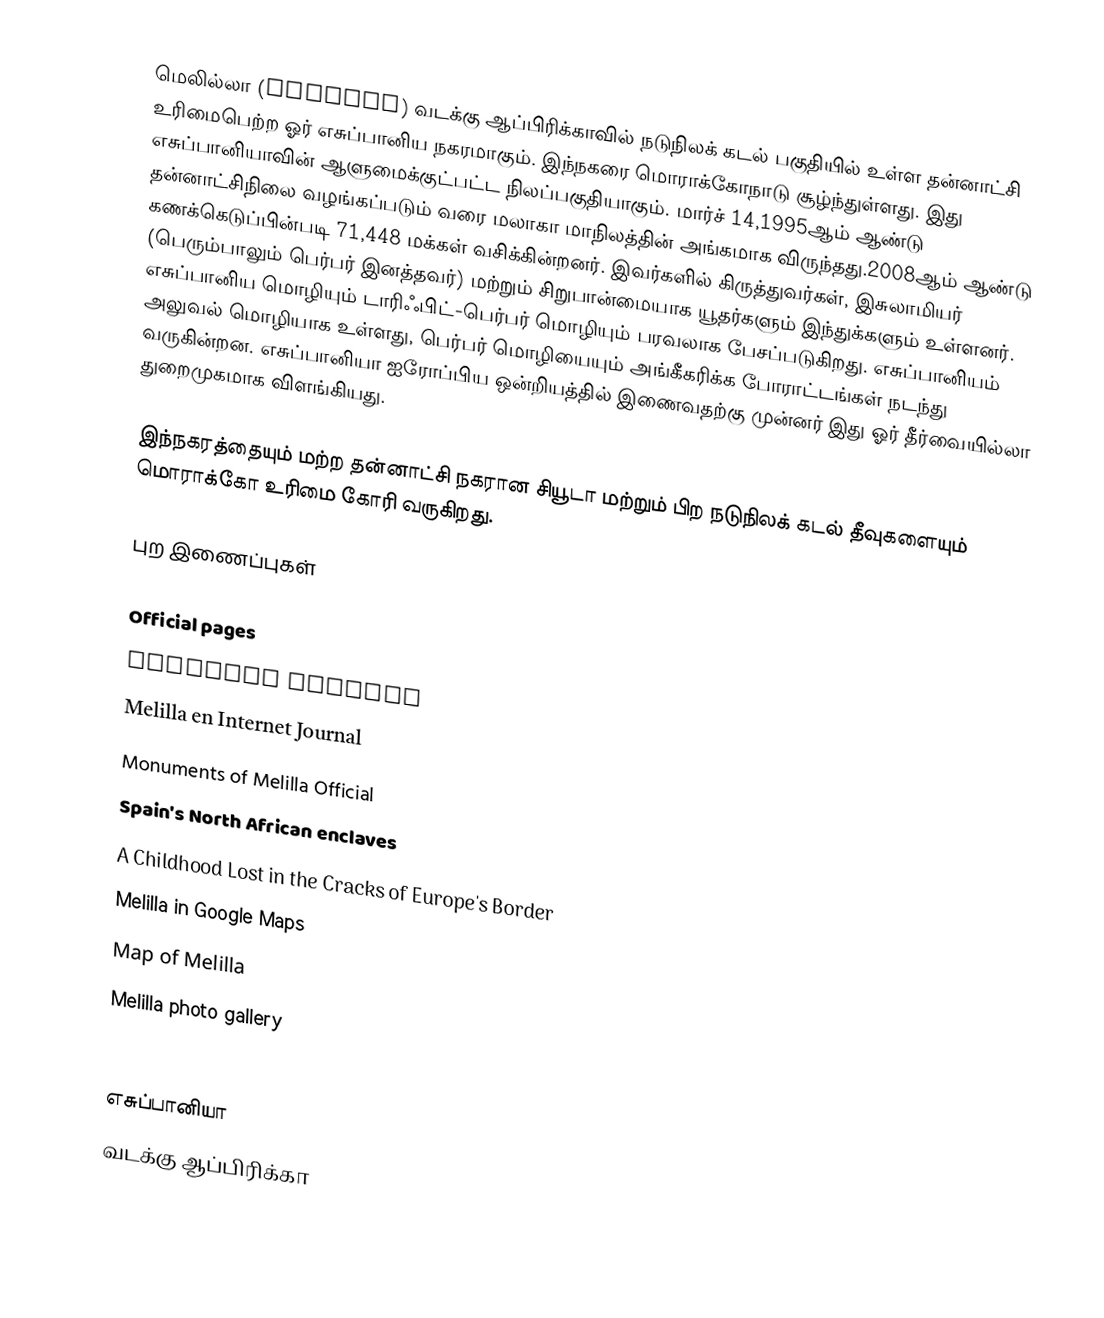
மெலில்லா (Melilla) வடக்கு ஆப்பிரிக்காவில் நடுநிலக் கடல் பகுதியில் உள்ள தன்னாட்சி உரிமைபெற்ற ஓர் எசுப்பானிய  நகரமாகும்.  இந்நகரை மொராக்கோநாடு சூழ்ந்துள்ளது. இது எசுப்பானியாவின் ஆளுமைக்குட்பட்ட நிலப்பகுதியாகும். மார்ச் 14,1995ஆம் ஆண்டு தன்னாட்சிநிலை வழங்கப்படும் வரை மலாகா மாநிலத்தின் அங்கமாக விருந்தது.2008ஆம் ஆண்டு கணக்கெடுப்பின்படி 71,448 மக்கள் வசிக்கின்றனர். இவர்களில் கிருத்துவர்கள், இசுலாமியர் (பெரும்பாலும் பெர்பர் இனத்தவர்) மற்றும் சிறுபான்மையாக யூதர்களும் இந்துக்களும் உள்ளனர். எசுப்பானிய மொழியும் டாரிஃபிட்-பெர்பர் மொழியும் பரவலாக பேசப்படுகிறது. எசுப்பானியம் அலுவல் மொழியாக உள்ளது, பெர்பர் மொழியையும் அங்கீகரிக்க போராட்டங்கள் நடந்து வருகின்றன. எசுப்பானியா ஐரோப்பிய ஒன்றியத்தில் இணைவதற்கு முன்னர் இது ஓர் தீர்வையில்லா துறைமுகமாக விளங்கியது.

இந்நகரத்தையும் மற்ற தன்னாட்சி நகரான சியூடா மற்றும் பிற நடுநிலக் கடல் தீவுகளையும் மொராக்கோ உரிமை கோரி வருகிறது.

புற இணைப்புகள்

  Official pages
 Official Tourism
  Melilla en Internet Journal
  Monuments of Melilla Official
 Spain's North African enclaves
 A Childhood Lost in the Cracks of Europe's Border
 Melilla in Google Maps
 Map of Melilla
 Melilla photo gallery
  Easter of Melilla

எசுப்பானியா
வடக்கு ஆப்பிரிக்கா